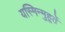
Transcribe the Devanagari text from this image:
यस्मिन्मुहूर्ते